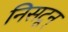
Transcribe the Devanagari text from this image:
निसटून्